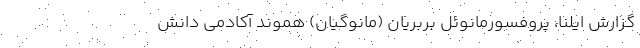
گزارش ایلنا، پروفسورمانوئل بِربِریان (مانوگیان) هموندِ آکادمی دانش